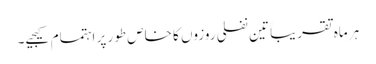
ہر ماہ تقریباََ تین نفلی روزوں کا خاص طور پر اہتمام کیجیے۔